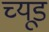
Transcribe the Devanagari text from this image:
च्यूड